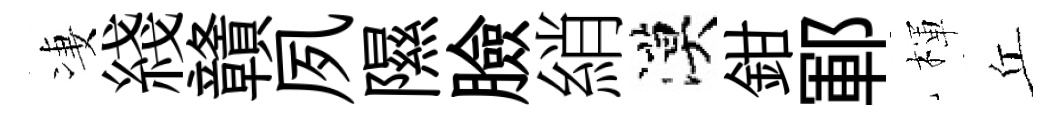
凄綫贛夙隰臉綃漠鉗鄆楎丘